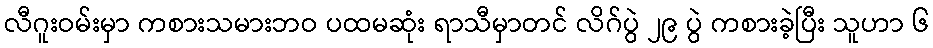
လီဂူးဝမ်းမှာ ကစားသမားဘဝ ပထမဆုံး ရာသီမှာတင် လိဂ်ပွဲ ၂၉ ပွဲ ကစားခဲ့ပြီး သူဟာ ၆